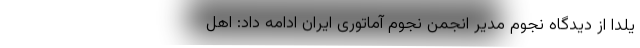
یلدا از دیدگاه نجوم مدیر انجمن نجوم آماتوری ایران ادامه داد: اهل